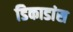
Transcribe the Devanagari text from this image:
डिकाडांस